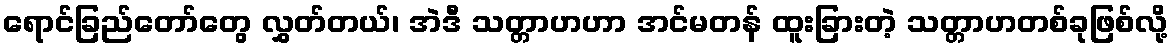
ရောင်ခြည်တော်တွေ လွှတ်တယ်၊ အဲဒီ သတ္တာဟဟာ အင်မတန် ထူးခြားတဲ့ သတ္တာဟတစ်ခုဖြစ်လို့